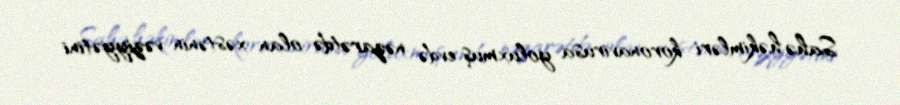
Sahə həkimləri koronavirusa yoluxmuş evdə nəzarətdə olan xəstənin vəziyyətini